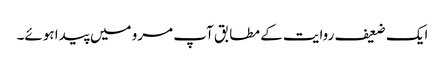
ایک ضعیف روایت کے مطابق آپ مرو میں پیدا ہوئے۔